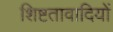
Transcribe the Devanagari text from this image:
शिष्टतावादियों